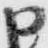
申